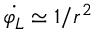
\Dot { \varphi _ { L } } \simeq 1 / r ^ { 2 }